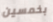
بخمسين